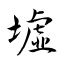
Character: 墟